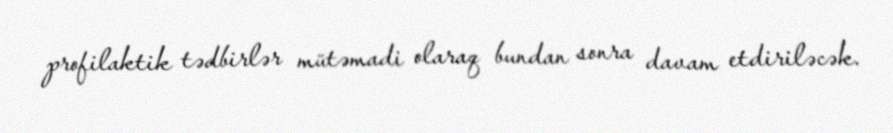
profilaktik tədbirlər mütəmadi olaraq bundan sonra davam etdiriləcək.